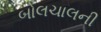
બોલચાલની